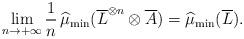
LaTeX: \begin{align*}\lim_{n\rightarrow+\infty}\frac{1}{n}\operatorname{\widehat{\mu}_{\min}}(\overline L^{\otimes n}\otimes\overline A)=\operatorname{\widehat{\mu}_{\min}}(\overline L).\end{align*}